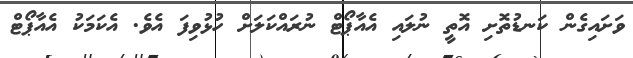
ވަށައިގެން ކަނޑުތޮށި އޮތީ ނުލައި އެއާޕޯޓް ނުރައްކަލަށް ހުޅުވިފަ އެވެ. އެކަމަކު އެއާޕޯޓް